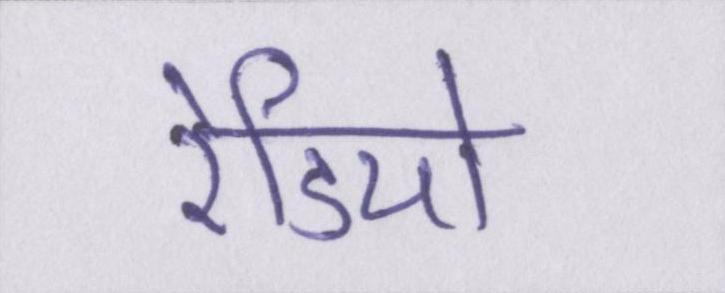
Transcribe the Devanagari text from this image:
रेडियो